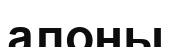
алоны